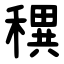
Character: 穓